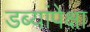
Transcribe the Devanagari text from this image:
डब्यांपेक्षा